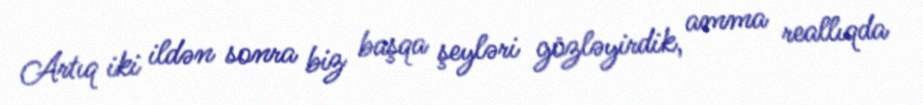
Artıq iki ildən sonra biz başqa şeyləri gözləyirdik, amma reallıqda